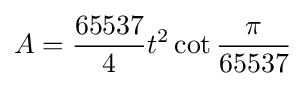
A={\frac {65537}{4}}t^{2}\cot {\frac {\pi }{65537}}